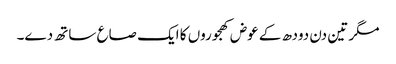
مگر تین دن دودھ کے عوض کھجوروں کا ایک صاع ساتھ دے۔